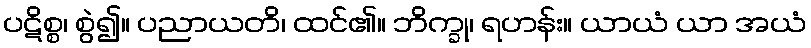
ပဋိစ္စ၊ စွဲ၍။ ပညာယတိ၊ ထင်၏။ ဘိက္ခု၊ ရဟန်း။ ယာယံ ယာ အယံ